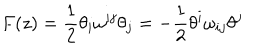
LaTeX: F ( z ) = \frac 1 2 \theta _ { i } \omega ^ { i j } \theta _ { j } = - \frac 1 2 \theta ^ { i } \omega _ { i j } \theta ^ { j }